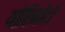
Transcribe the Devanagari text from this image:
योरिमोटो